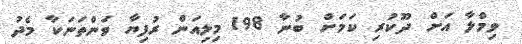
ވިމްލާ އަށް ދޫކުރި ކަމަށް ބުނާ 198 މިލިއަން ރުފިޔާ ވަންތަނަކާ މެދު